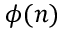
\phi ( n )